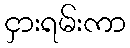
ငှားရမ်းကာ